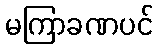
မကြာခဏပင်